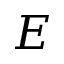
E